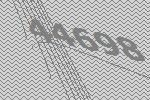
44698